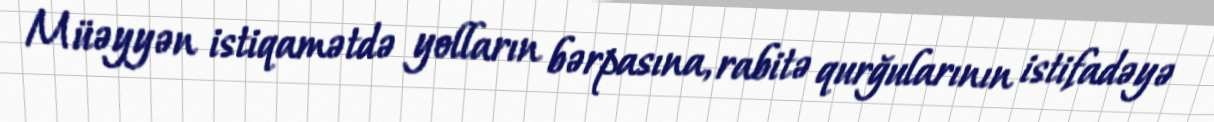
Müəyyən istiqamətdə yolların bərpasına, rabitə qurğularının istifadəyə